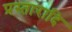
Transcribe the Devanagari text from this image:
प्रस्तारादि